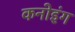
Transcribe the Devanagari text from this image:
कनोइंग